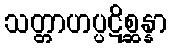
သတ္တာဟပ္ပဋိစ္ဆန္နာ